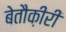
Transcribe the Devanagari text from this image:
बेतौक़ीरी